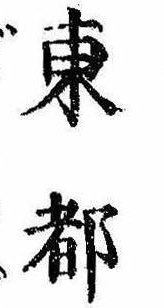
東都